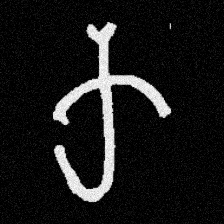
Pyu character \u2014 Myanmar letter: က (romanized: ka)